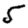
Digit: 5